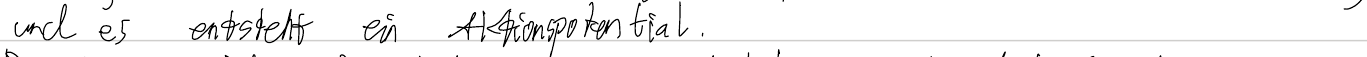
und es entsteht ein Aktionspotential.